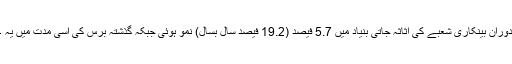
سہ ماہی کے دوران بینکاری شعبے کی اثاثہ جاتی بنیاد میں 5.7 فیصد (19.2 فیصد سال بسال) نمو ہوئی جبکہ گذشتہ برس کی اسی مدت میں یہ 3.4فیصد تھی۔